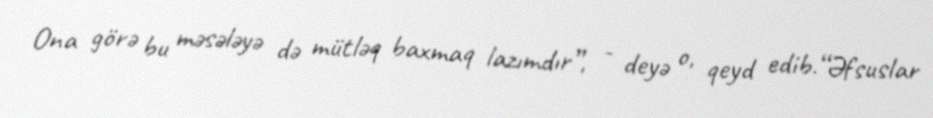
Ona görə bu məsələyə də mütləq baxmaq lazımdır”, - deyə o, qeyd edib.“Əfsuslar